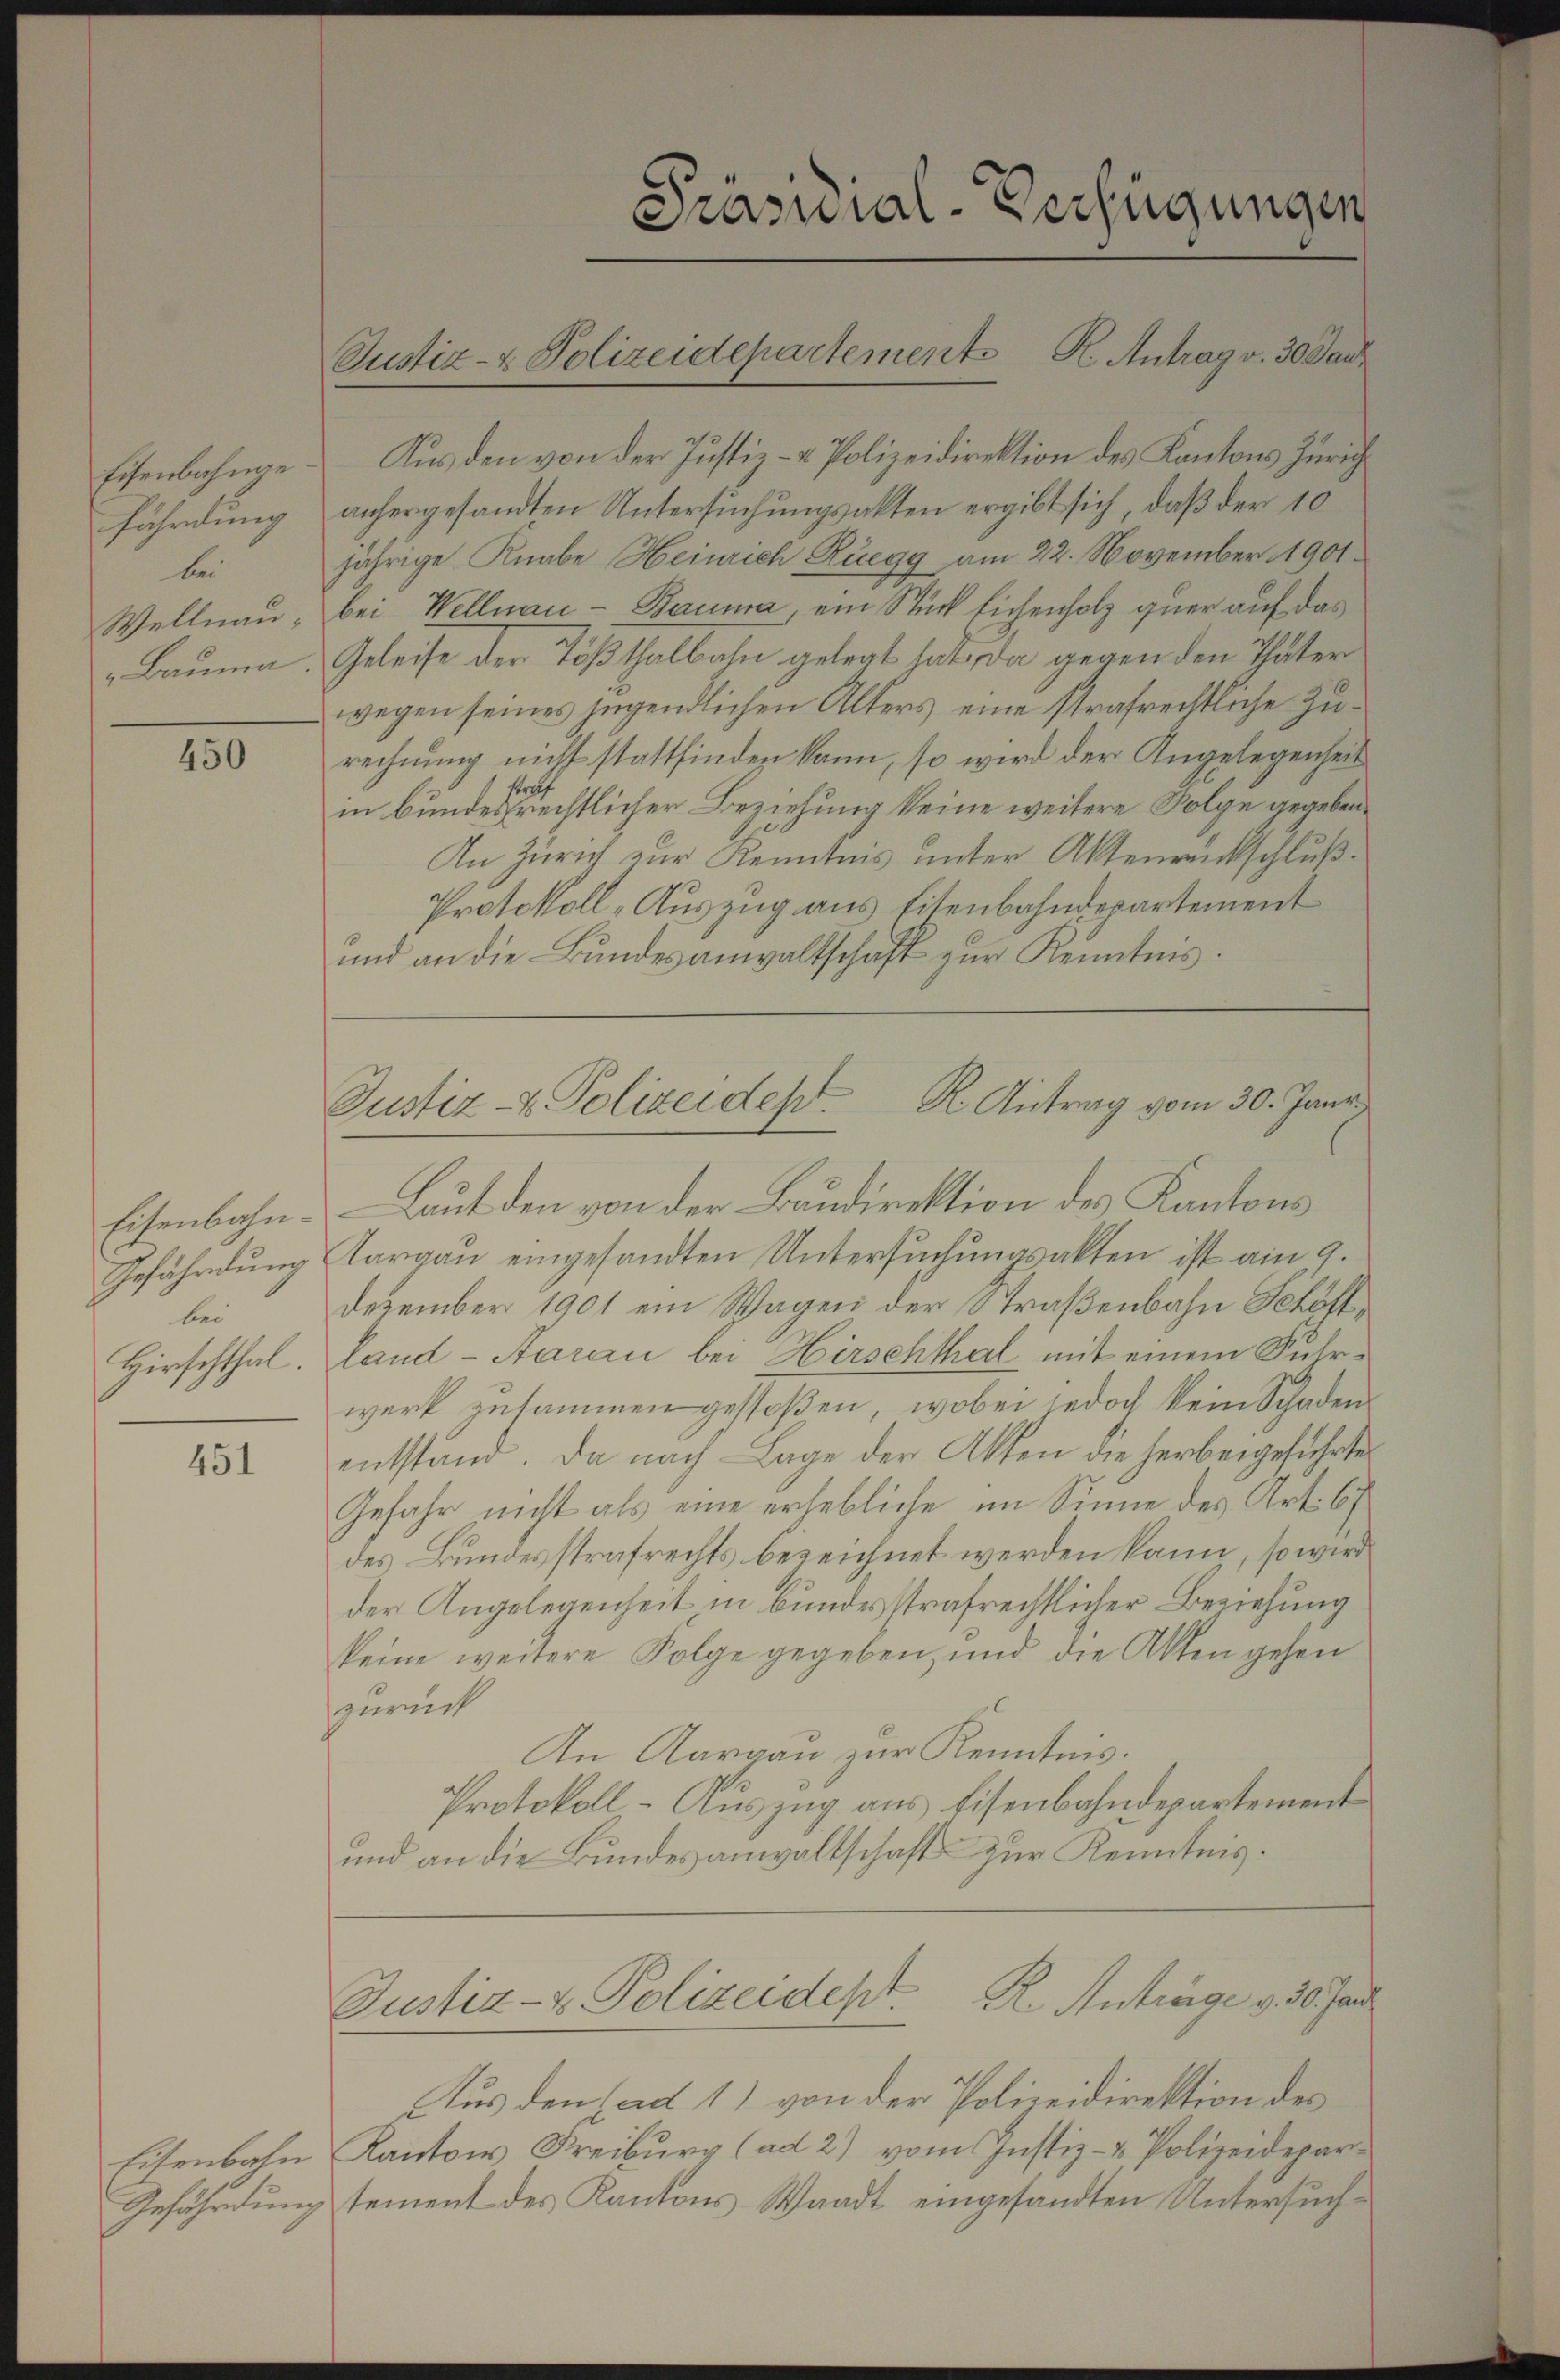
Eisenbahnge
fährdung
bei
Wellnau,

450

Eisenbahn¬
Gefährdung
bei
Hirschthal.

451

Aus den von der Justiz- & Polizeidirektion des Kantons Zürich
anhergesandten Untersuchungsakten ergibt sich, daß der 10
jährige Knabe Heinrich Ruegg am 22. November 1901.
bei Wellnau - Bauma, ein Stück Eichenholz quer auf das
Bauma, Geleise der Tößthalbahn gelegt hat, da gegen den Thäter
wegen seines jugendlichen Alters eine strafrechtliche Zurechnung nicht stattfinden kann, so wird der Angelegenheit
fer
in bundesrechtlicher Beziehung keine weitere Folge gegeben¬
An Zürich zur Kenntnis unter Aktenrückschluß¬
Protokoll-Auszug aus Eitenbahndepartement
und an die Bundesanwaltschaft zur Kenntnis.

Justiz- & Polizeidepartement K. Antrag v. 30 Jan

Präsidial-Verfügungen

Justiz- & Polizeides K. Antrag vom 30. Janni

Laut den von der Baudirektion des Kantons
Aargau eingesandten Untersuchungsakten ist am 9.
Dezember 1901 ein Wagen der Straßenbahn Schöffland-Aarau bei Hirschthal mit einem Suhrwerk zusammen gestoßen, wobei jedoch kein Schaden
entstand. Da nach Lage der Akten die herbeigeführter
Gefahr nicht als eine erhebliche im Sinne des Art. 67.
des Bundesstrafrechts bezeichnet werden kann, so wird
der Angelegenheit in bundesstrafrechtlicher Beziehung
keine weitere Folge gegeben, und die Akten gehen
zurück
An Aargau zur Kenntnis.
Protokoll-Auszug aus Eisenbahndepartement
und an die Bundesanwaltschaft zur Kenntnis.

Aus den ad 1) von der Polizeidirektion des
Eisenbahn Kantons Freiburg (ad 2) vom Justiz- & Polizeidepar¬
Gefährdung tement des Kantons Waadt eingesandten Untersuch¬

Justiz- & Polizeidept. R. Antrage v. 30. Jan